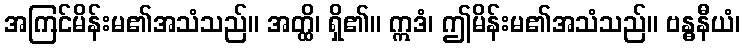
အကြင်မိန်းမ၏အသံသည်။ အတ္ထိ၊ ရှိ၏။ ဣဒံ၊ ဤမိန်းမ၏အသံသည်။ ဗန္ဓနီယံ၊